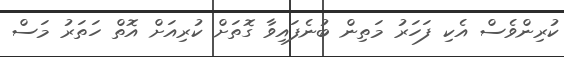
ކުރިންވެސް އެކި ފަހަރު މަތިން ބުނެފައިވާ ގޮތަށް ކުރިއަށް އޮތް ހަތަރު މަސް